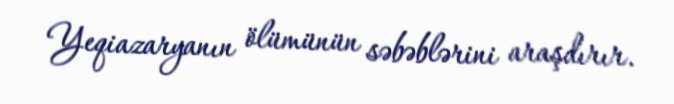
Yeqiazaryanın ölümünün səbəblərini araşdırır.